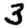
Digit: 3